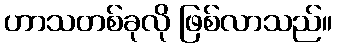
ဟာသတစ်ခုလို ဖြစ်လာသည်။